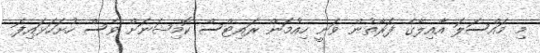
މި މައްސަލަ އާއިލާގެ ފަރާތުން ވަނީ ހިއުމަން ރައިޓްސް ކޮމިޝަނަށް ވެސް ހުށަހަޅައިފަ